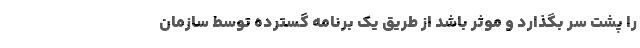
را پشت سر بگذارد و موثر باشد از طریق یک برنامه گسترده توسط سازمان